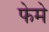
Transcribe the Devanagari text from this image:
फेमे